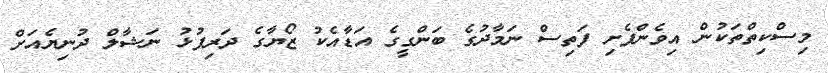
މިސްކިތްތަކުން އިވެންފެށި ފަތިސް ނަމާދުގެ ބަންގީގެ އަޑާއެކު ޒޯޔާގެ ދަރިފުޅު ނަޝާލް ދުނިޔެއަށް